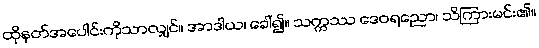
ထိုနတ်အပေါင်းကိုသာလျှင်။ အာဒါယ၊ ခေါ်၍။ သက္ကဿ ဒေဝရညော၊ သိကြားမင်း၏။